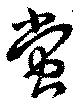
螢